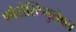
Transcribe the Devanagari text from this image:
फोटोस्टिमुलेबल